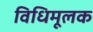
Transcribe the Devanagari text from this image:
विधिमूलक